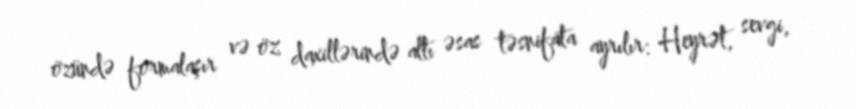
özündə formalaşır və öz daxillərində altı əsas təsnifata ayrılır: Heyrət, sevgi,